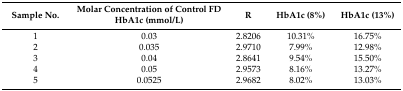
<table><thead><tr><td><b>Sample No. </b></td><td><b>Molar Concentration of Control FD HbA1c (mmol/L)</b></td><td><b>R </b></td><td><b>HbA1c (8%)</b></td><td><b>HbA1c (13%)</b></td></tr></thead><tbody><tr><td>1</td><td>0.03</td><td>2.8206</td><td>10.31%</td><td>16.75%</td></tr><tr><td>2</td><td>0.035</td><td>2.9710</td><td>7.99%</td><td>12.98%</td></tr><tr><td>3</td><td>0.04</td><td>2.8641</td><td>9.54%</td><td>15.50%</td></tr><tr><td>4</td><td>0.05</td><td>2.9573</td><td>8.16%</td><td>13.27%</td></tr><tr><td>5</td><td>0.0525</td><td>2.9682</td><td>8.02%</td><td>13.03%</td></tr></tbody></table>